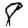
Digit: 8